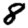
Digit: 8